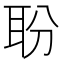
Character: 聁